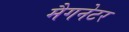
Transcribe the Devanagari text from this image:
मैगनेटर